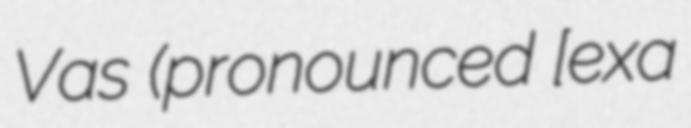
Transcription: Vas (pronounced [ɔˈɾeːxɔʋa